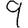
Digit: 9